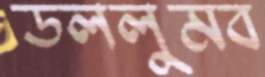
ডললুমব